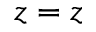
z = z